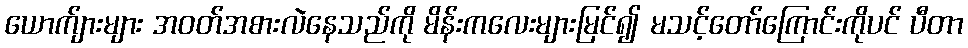
ယောက်ျားများ အဝတ်အစားလဲနေသည်ကို မိန်းကလေးများမြင်၍ မသင့်တော်ကြောင်းကိုပင် ပီတာ